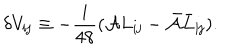
\delta V _ { { \mathbf i } { \mathbf j } } \equiv - \frac { i } { 4 8 } ( { \cal A } L _ { { \mathbf i } { \mathbf j } } - { \bar { \cal A } } \bar { L } _ { { \mathbf i } { \mathbf j } } ) .